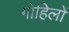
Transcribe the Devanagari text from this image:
गोहिलों